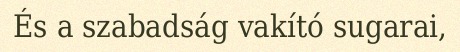
És a szabadság vakító sugarai,